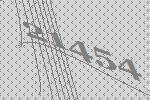
21454